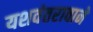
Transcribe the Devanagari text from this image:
यशवंतरावाने